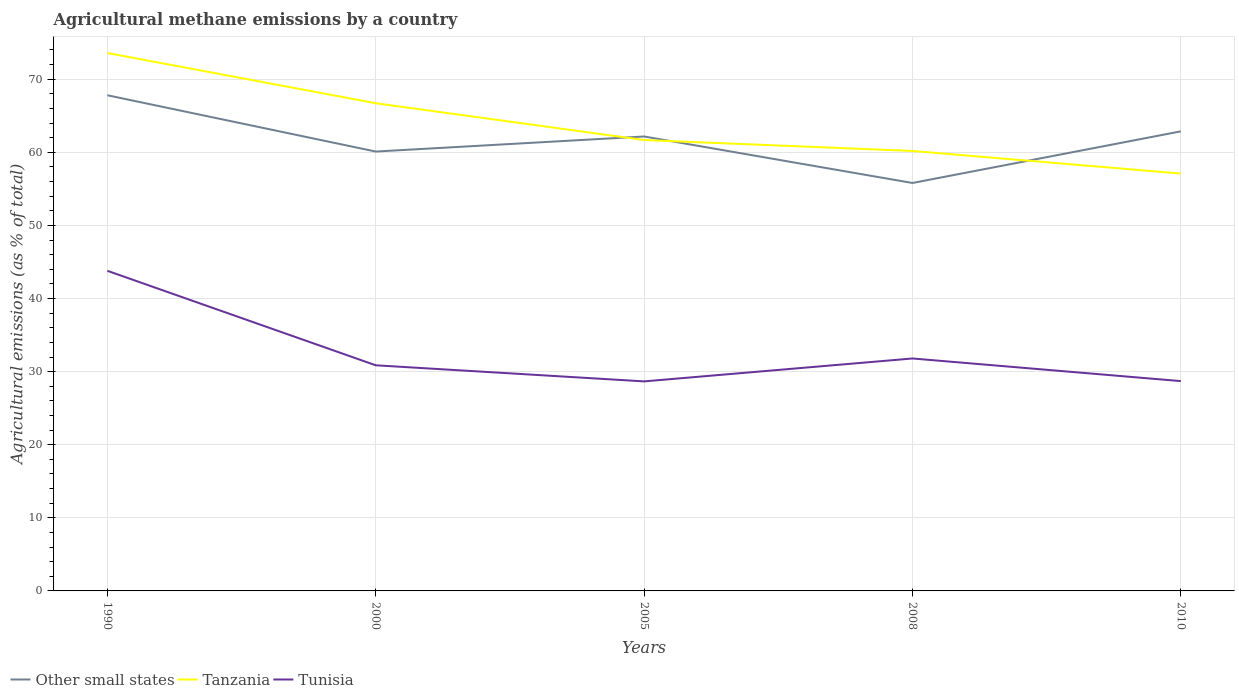
| Years | Other small states | Tanzania | Tunisia |
 | --- | --- | --- | --- |
 | 1990 | 67.8 | 73.6 | 43.8 |
 | 2000 | 60.1 | 66.7 | 30.9 |
 | 2005 | 62.2 | 61.7 | 28.7 |
 | 2008 | 55.8 | 60.2 | 31.8 |
 | 2010 | 62.9 | 57.1 | 28.7 |